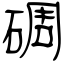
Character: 碉